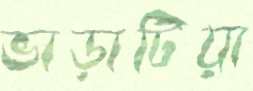
ভাড়াটিয়া